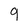
Character: 9